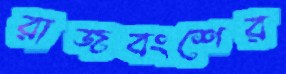
রাজবংশের